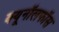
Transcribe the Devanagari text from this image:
क्यूनॉलफॉस